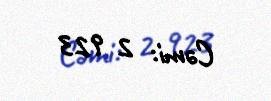
Cəmi: 2 923